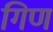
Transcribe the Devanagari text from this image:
गिण